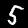
Digit: 5